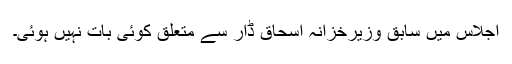
اجلاس میں سابق وزیرخزانہ اسحاق ڈار سے متعلق کوئی بات نہیں ہوئی۔